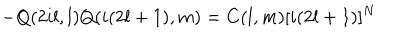
- Q ( 2 i l , l ) Q ( i ( 2 l + 1 ) , m ) = C ( l , m ) [ i ( 2 l + 1 ) ] ^ { N }